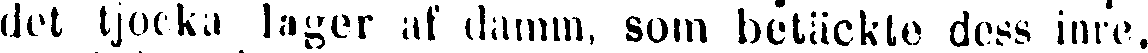
det tjocka lagor af damm, som betäckte dess inre,